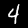
Label: 4